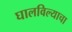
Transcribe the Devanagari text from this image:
घालविल्याचा